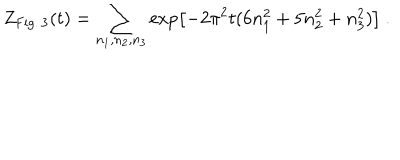
LaTeX: Z _ { \mathrm { F i g . \, 3 } } ( t ) = \sum _ { n _ { 1 } , n _ { 2 } , n _ { 3 } } \exp \left[ - 2 \pi ^ { 2 } t ( 6 n _ { 1 } ^ { 2 } + 5 n _ { 2 } ^ { 2 } + n _ { 3 } ^ { 2 } ) \right] ~ .